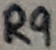
Text: R9